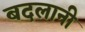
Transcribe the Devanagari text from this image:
बदलानी